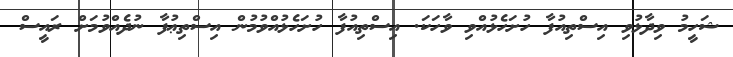
ޝަހީމު ވިދާޅުވި އިސްތިއުފާ ހުށަހެޅުއްވި ވާހަކަ. އިސްތިއުފާ ހުށަހެޅުއްވުމުން އިސްތިޢުފާ ނުދެއްވުމަށް ރައީސް